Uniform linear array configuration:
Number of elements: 12
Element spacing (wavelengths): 0.75
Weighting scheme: kaiser
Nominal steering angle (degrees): -15
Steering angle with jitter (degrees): -16.368
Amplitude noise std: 0.05
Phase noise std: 0.05

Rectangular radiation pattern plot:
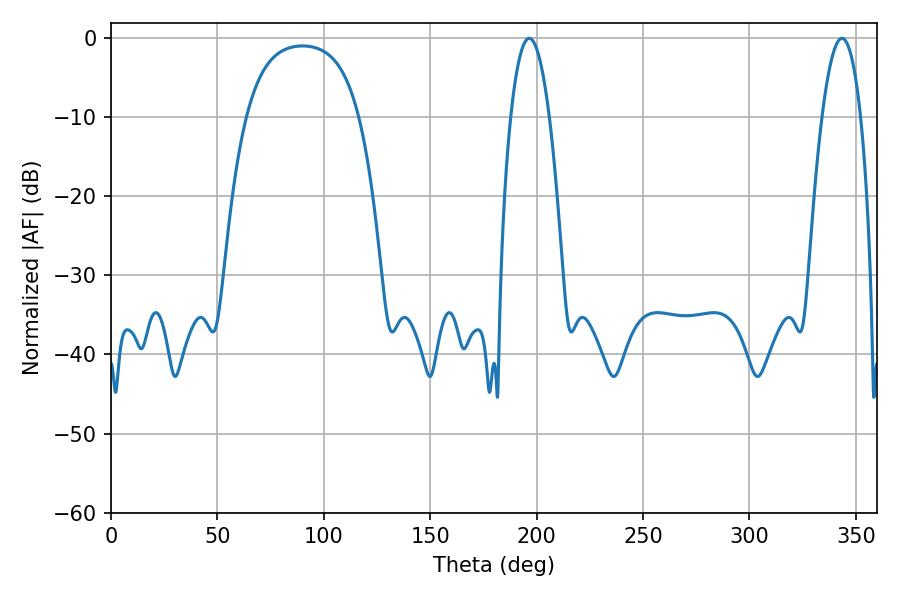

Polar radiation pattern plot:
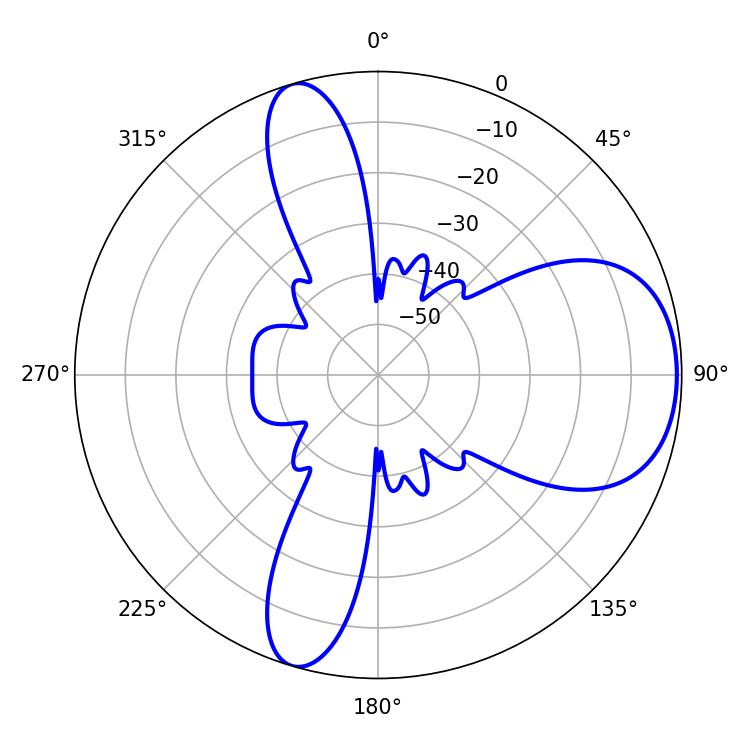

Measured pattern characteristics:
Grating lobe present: TRUE
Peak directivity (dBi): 7.184
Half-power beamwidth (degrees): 9.9
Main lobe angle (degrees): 196.56